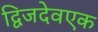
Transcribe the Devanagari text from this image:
द्विजदेवएक